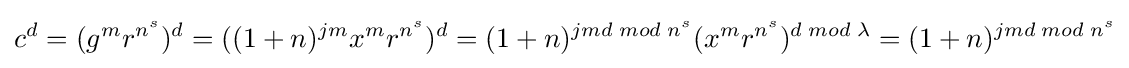
c^{d}=(g^{m}r^{n^{s}})^{d}=((1+n)^{jm}x^{m}r^{n^{s}})^{d}=(1+n)^{jmd\;mod\;n^{s}}(x^{m}r^{n^{s}})^{d\;mod\;\lambda }=(1+n)^{jmd\;mod\;n^{s}}